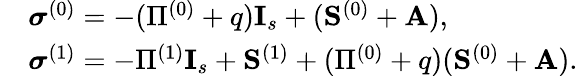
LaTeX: \begin{array}{rl}&{\boldsymbol{\sigma}^{(0)}=-(\Pi^{(0)}+q)\mathbf{I}_{s}+(\mathbf{S}^{(0)}+\mathbf{A}),}\\ &{\boldsymbol{\sigma}^{(1)}=-\Pi^{(1)}\mathbf{I}_{s}+\mathbf{S}^{(1)}+(\Pi^{(0)}+q)(\mathbf{S}^{(0)}+\mathbf{A}).}\end{array}